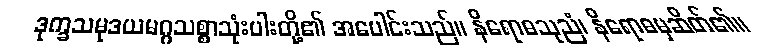
ဒုက္ခသမုဒယမဂ္ဂသစ္စာသုံးပါးတို့၏ အပေါင်းသည်။ နိရောဓသုညံ၊ နိရောဓမှဆိတ်၏။